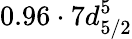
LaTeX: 0.96\cdot 7d_{5/2}^{5}